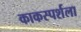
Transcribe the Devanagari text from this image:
काकस्पर्शला